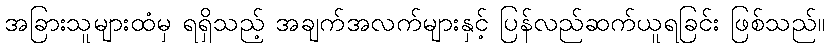
အခြားသူများထံမှ ရရှိသည့် အချက်အလက်များနှင့် ပြန်လည်ဆက်ယူရခြင်း ဖြစ်သည်။